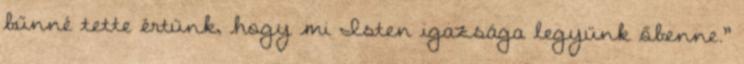
bűnné tette értünk, hogy mi Isten igazsága legyünk őbenne.”